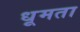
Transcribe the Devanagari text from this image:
धूमता